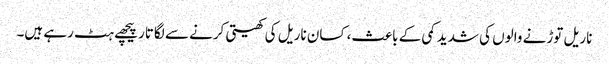
ناریل توڑنے والوں کی شدید کمی کے باعث، کسان ناریل کی کھیتی کرنے سے لگاتار پیچھے ہٹ رہے ہیں۔